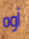
أوه